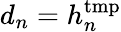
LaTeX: d_{n}=h_{n}^{\mathrm{tmp}}